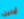
آمنين